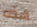
هذه